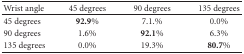
| Wrist angle | 45 degrees | 90 degrees | 135 degrees |
 | --- | --- | --- | --- |
 | 45 degrees | 92.9% | 7.1.% | 0.0% |
 | 90 degrees | 1.6% | 92.1% | 6.3% |
 | 135 degrees | 0.0% | 19.3% | 80.7% |